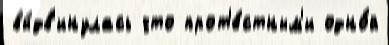
вы́дв'инулась что прот'е́стным'и одно́й